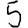
Digit: 5